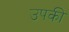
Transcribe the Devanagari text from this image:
उपकी